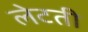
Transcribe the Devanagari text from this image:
लेटती